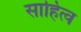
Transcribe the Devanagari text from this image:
साहित्व